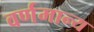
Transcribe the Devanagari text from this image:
वर्णमान्य